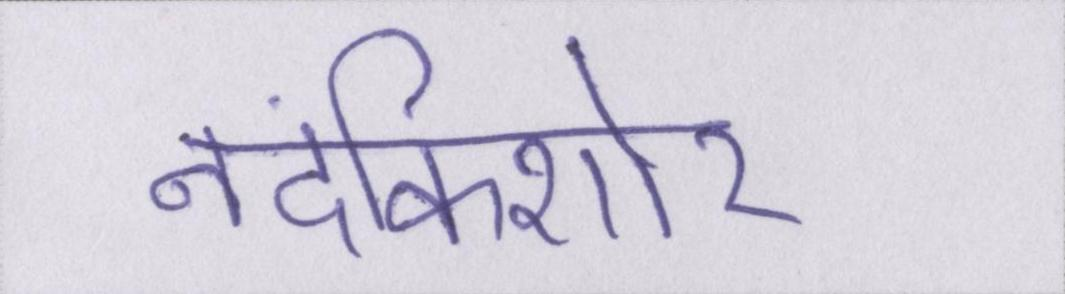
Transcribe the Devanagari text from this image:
नंदकिशोर